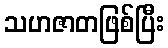
သဟဇာတဖြစ်ပြီး